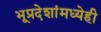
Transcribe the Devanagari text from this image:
भूप्रदेशांमध्येही